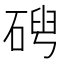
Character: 𥓦